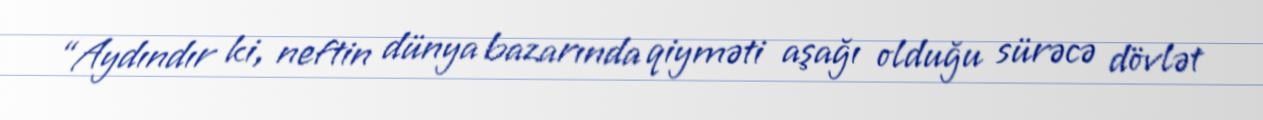
“Aydındır ki, neftin dünya bazarında qiyməti aşağı olduğu sürəcə dövlət